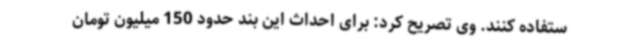
ستفاده کنند. وی تصریح کرد: برای احداث این بند حدود 150 میلیون تومان